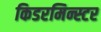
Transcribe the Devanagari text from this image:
किडरमिन्स्टर